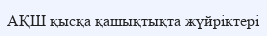
АҚШ қысқа қашықтықта жүйріктері